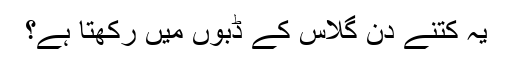
یہ کتنے دن گلاس کے ڈبوں میں رکھتا ہے؟